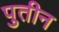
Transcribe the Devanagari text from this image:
पुतीन